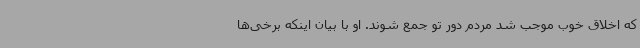
که اخلاق خوب موجب شد مردم دور تو جمع شوند. او با بیان اینکه برخی‌ها